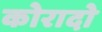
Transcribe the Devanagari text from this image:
कोरादो